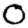
Digit: 0